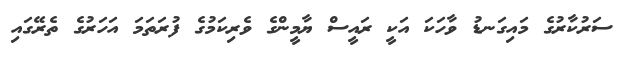
ސަރުކާރުގެ މައިގަނޑު ވާހަކަ އަކީ ރައީސް ޔާމީންގެ ވެރިކަމުގެ ފުރަތަމަ އަހަރުގެ ތެރޭގައި